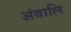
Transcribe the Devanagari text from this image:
अंबालि